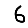
Digit: 6